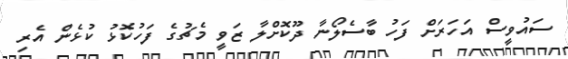
ސައުވީސް އަހަރަށް ފަހު ބާސެލޯނާ ދޫކޮށްލާ ޒަވީ މެޗުގެ ފަހުކޮޅު ކުޅެން އެރި